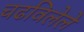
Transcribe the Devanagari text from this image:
चढविलेले